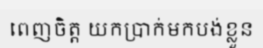
ពេញចិត្ត យកប្រាក់មកបង់ខ្លួន